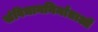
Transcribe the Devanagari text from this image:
संविधाननिर्माताओं